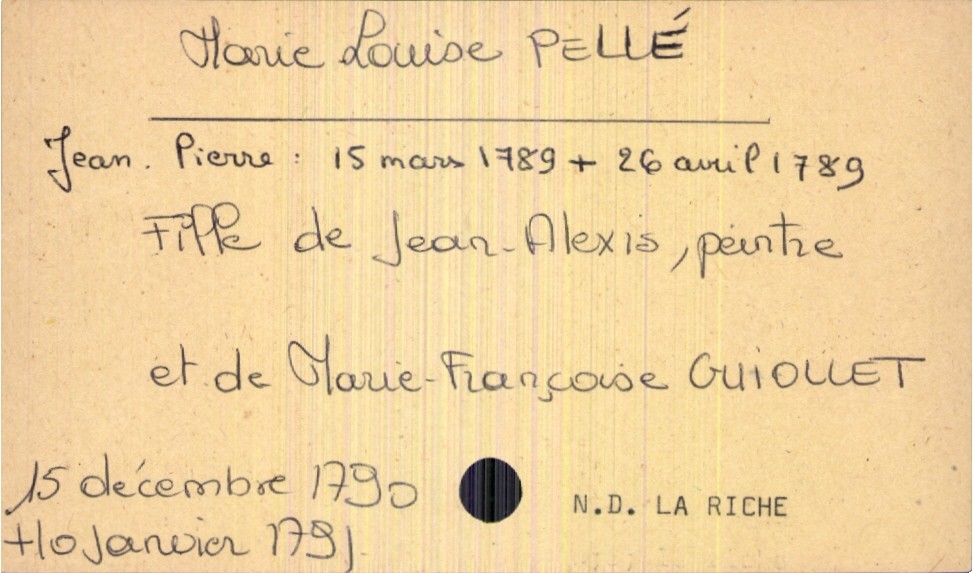
type_acte: Baptême
filiation: fille
enfant_prénom: Marie Louise
enfant_date_de_naissance: 15 décembre 1790
enfant_lieu_de_naissance: Notre Dame La Riche
enfant_date_de_décès: 10 janvier 1791
enfant_lieu_de_décès: Notre Dame La Riche
père_enfant_nom: Pellé
père_enfant_prénom: Jean-Alexis
père_enfant_profession: peintre
mère_enfant_nom: Guiollet
mère_enfant_prénom: Marie Françoise